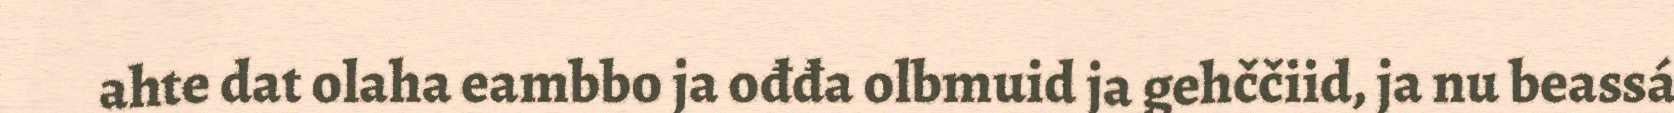
ahte dat olaha eambbo ja ođđa olbmuid ja gehččiid, ja nu beassá